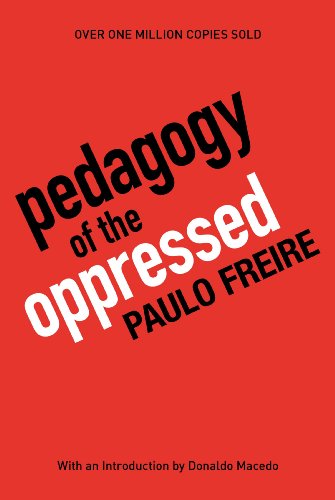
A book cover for Pedagogy of the Oppressed, 30th Anniversary Edition; Paulo Freire; Education & Teaching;